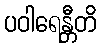
ပဝါရေန္တီတိ